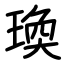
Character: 瑍